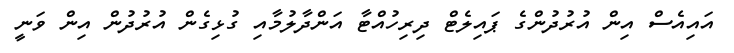
އައިއެސް އިން އުރުދުންގެ ޕައިލެޓް ދިރިހުއްޓާ އަންދާލުމާއި ގުޅިގެން އުރުދުން އިން ވަނީ